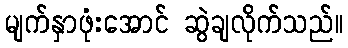
မျက်နှာဖုံးအောင် ဆွဲချလိုက်သည်။